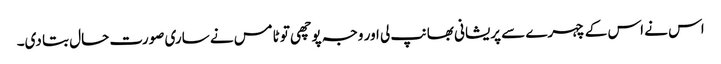
اس نے اس کے چہرے سے پریشانی بھانپ لی اور وجہ پوچھی تو ٹامس نے ساری صورت حال بتا دی۔